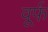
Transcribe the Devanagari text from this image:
वूर्फ